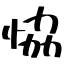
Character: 恊